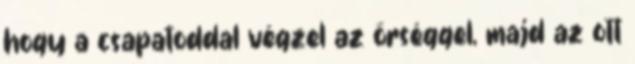
hogy a csapatoddal végzel az őrséggel, majd az ott